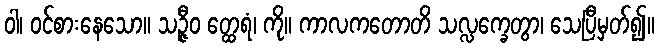
ဝါ၊ ဝင်စားနေသော။ သဉ္ဇီဝ တ္ထေရံ၊ ကို။ ကာလကတောတိ သလ္လက္ခေတွာ၊ သေပြီမှတ်၍။